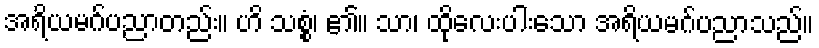
အရိယမဂ်ပညာတည်း။ ဟိ သစ္စံ၊ ၏။ သာ၊ ထိုလေးပါးသော အရိယမဂ်ပညာသည်။